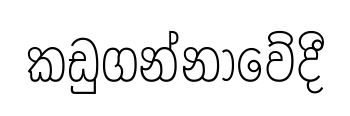
කඩුගන්නාවේදී